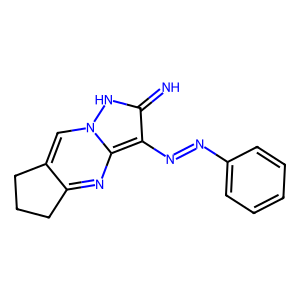
SMILES: N=c1[nH]n2cc3c(nc2c1N=Nc1ccccc1)CCC3
Inhibits HIV replication: No